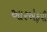
આરએફપી